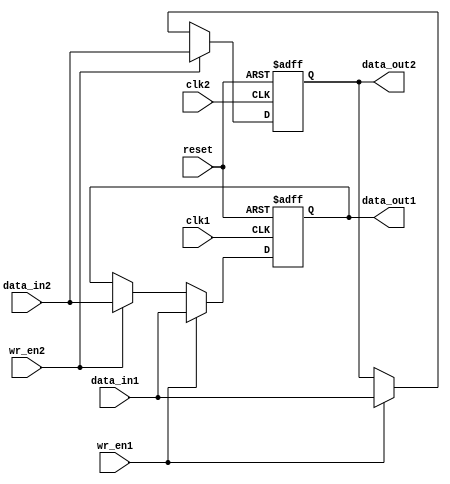
module DualPortBypassRegister (
  input clk1,
  input clk2,
  input reset,
  input wr_en1,
  input wr_en2,
  input [31:0] data_in1,
  input [31:0] data_in2,
  output [31:0] data_out1,
  output [31:0] data_out2
);

reg [31:0] reg1;
reg [31:0] reg2;

always @(posedge clk1 or posedge reset) begin
  if (reset) begin
    reg1 <= 32'b0;
  end else begin
    if (wr_en1) begin
      reg1 <= data_in1;
    end else if (wr_en2) begin
      reg1 <= data_in2;
    end
  end
end

always @(posedge clk2 or posedge reset) begin
  if (reset) begin
    reg2 <= 32'b0;
  end else begin
    if (wr_en2) begin
      reg2 <= data_in2;
    end else if (wr_en1) begin
      reg2 <= data_in1;
    end
  end
end

assign data_out1 = reg1;
assign data_out2 = reg2;

endmodule